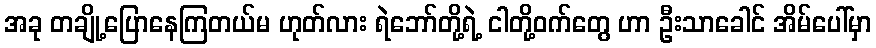
အခု တချို့ပြောနေကြတယ်မ ဟုတ်လား ရဲဘော်တို့ရဲ့ ငါတို့ဝက်တွေ ဟာ ဦးသာခေါင် အိမ်ပေါ်မှာ